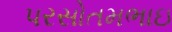
પરસોતમભાઇ